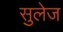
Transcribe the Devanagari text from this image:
सुलेज